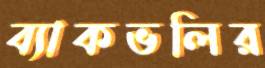
ব্যাকভলির